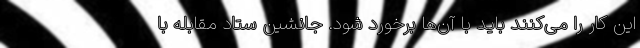
این کار را می‌کنند باید با آن‌ها برخورد شود. جانشین ستاد مقابله با